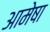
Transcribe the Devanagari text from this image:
आमेषा